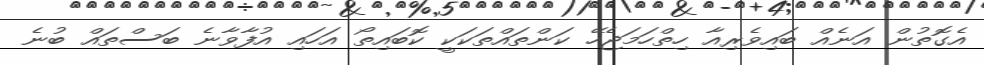
އެގޮތުން އަނެއް ބައިވެރިއާ ހިތްހަމަޖެހޭ ކަންތައްތަކަކީ ކޮބައިތޯ އަހައި އުފާވާނެ ބަސްތައް ބުނެ